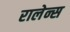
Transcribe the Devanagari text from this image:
रालेन्स